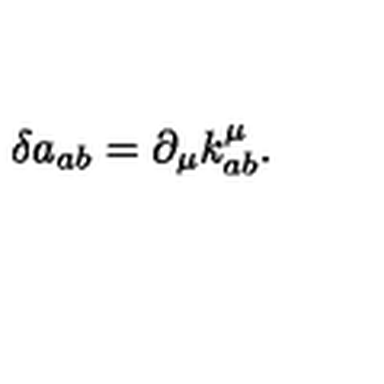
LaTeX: \delta a _ { a b } = \partial _ { \mu } k _ { a b } ^ { \mu } .